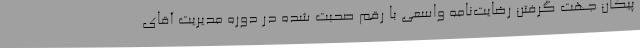
پیکان جهت گرفتن رضایت‌نامه واسعی با رقم صحبت شده در دوره مدیریت آقای